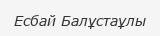
Есбай Балұстаұлы